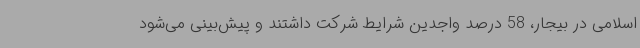
اسلامی در بیجار، 58 درصد واجدین شرایط شرکت داشتند و پیش‌بینی می‌شود